Vital statistics of India. Vol. V, Reports of 1876 on armies & jails and on epidemic cholera
Year: 1876
Disease focus: Cholera
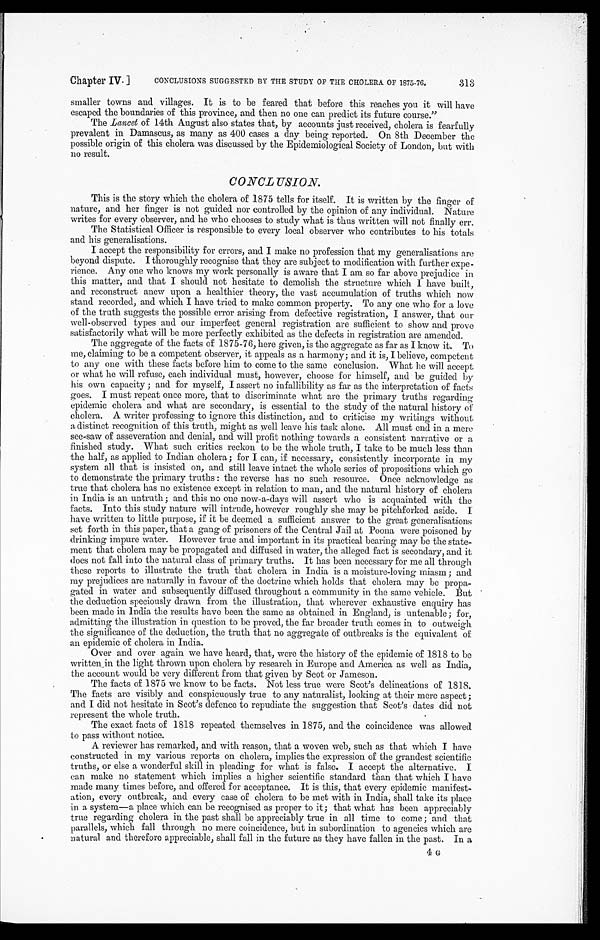
Chapter IV.]
CONCLUSIONS SUGGESTED BY THE STUDY OF THE CHOLERA OF 1875-76.
313
smaller towns and villages. It is to be feared that before this reaches you it will have
escaped the boundaries of this province, and then no one can predict its future course."
The Lancet of 14th August also states that, by accounts just received, cholera is fearfully
prevalent in Damascus, as many as 400 cases a day being reported. On 8th December the
possible origin of this cholera was discussed by the Epidemiological Society of London, but with
no result.
CONCLUSION.
This is the story which the cholera of 1875 tells for itself. It is written by the finger of
nature, and her finger is not guided nor controlled by the opinion of any individual. Nature
writes for every observer, and he who chooses to study what is thus written will not finally err.
The Statistical Officer is responsible to every local observer who contributes to his totals
and his generalisations.
I accept the responsibility for errors, and I make no profession that my generalisations are
beyond dispute. I thoroughly recognise that they are subject to modification with further expe
-
rience. Any one who knows my work personally is aware that I am so far above prejudice in
this matter, and that I should not hesitate to demolish the structure which I have built,
and reconstruct anew upon a healthier theory, the vast accumulation of truths which now
stand recorded, and which I have tried to make common property. To any one who for a love
of the truth suggests the possible error arising from defective registration, I answer, that our
well-observed types and our imperfect general registration are sufficient to show and prove
satisfactorily what will be more perfectly exhibited as the defects in registration are amended.
The aggregate of the facts of 1875-76, here given, is the aggregate as far as I know it. To
me, claiming to be a competent observer, it appeals as a harmony; and it is, I believe, competent
to any one with these facts before him to come to the same conclusion. What he will accept
or what lie will refuse, each individual must, however, choose for himself, and be guided by
his own capacity ; and for myself, I assert no infallibility as far as the interpretation of facts
goes. I must repeat once more, that to discriminate what are the primary truths regarding
epidemic cholera and what are secondary, is essential to the study of the natural history of
chol era. A wri t er professi ng t o i gnore t hi s di st i nct i on, and t o cri t i ci se my wri t i ngs wi t hout
a distinct recognition of this truth, might as well leave his task alone. All must end in a mere
see-saw of asseveration and denial, and will profit nothing towards a consistent narrative or a
finished study. What such critics reckon to be the whole truth, I take to be much less than
the half, as applied to Indian cholera ; for I can, if necessary, consistently incorporate in my
system all that is insisted on, and still leave intact the whole series of propositions which go
to demonstrate the primary truths : the reverse has no such resource. Once acknowledge as
true that cholera has no existence except in relation to man, and the natural history of cholera
in India is an untruth; and this no one now-a-days will assert who is acquainted with the
facts. Into this study nature will intrude, however roughly she may be pitchforked aside. I
have written to little purpose, if it be deemed a sufficient answer to the great generalisations
set forth in this paper, that a gang of prisoners of the Central Jail at Poona were poisoned by
drinking impure water. However true and important in its practical bearing may be the state
-
ment that cholera may be propagated and diffused in water, the alleged fact is secondary, and it
does not fall into the natural class of primary truths. It has been necessary for me all through
these reports to illustrate the truth that cholera in India is a moisture-loving miasm ; and
my prejudices are naturally in favour of the doctrine which holds that cholera may be propa
-
gated in water and subsequently diffused throughout a community in the same vehicle. But
the deduction speciously drawn from the illustration, that wherever exhaustive enquiry has
been made in India the results have been the same as obtained in England, is untenable ; for,
admitting the illustration in question to be proved, the far broader truth comes in to outweigh
the significance of the deduction, the truth that no aggregate of outbreaks is the equivalent of
an epidemic of cholera in India.
Over and over again we have heard, that, were the history of the epidemic of 1818 to be
written in the light thrown upon cholera by research in Europe and America as well as India,
the account would be very different from that given by Scot or Jameson.
The facts of 1875 we know to be facts. Not less true were Scot's delineations of 1818.
The facts are visibly and conspicuously true to any naturalist, looking at their mere aspect ;
and I did not hesitate in Scot's defence to repudiate the suggestion that Scot's dates did not
represent the whole truth.
The exact facts of 1818 repeated themselves in 1875, and the coincidence was allowed
to pass without notice.
A reviewer has remarked, and with reason, that a woven web, such as that which I have
constructed in my various reports on cholera, implies the expression of the grandest scientific
truths, or else a wonderful skill in pleading for what is false. I accept the alternative. I
can make no statement which implies a higher scientific standard than that which I have
made many times before, and offered for acceptance. It is this, that every epidemic manifest
-
ation, every outbreak, and every case of cholera to be met with in India, shall take its place
in a system—a place which can be recognised as proper to it; that what has been appreciably
true regarding cholera in the past shall be appreciably true in all time to come ; and that
parallels, which fall through no mere coincidence, but in subordination to agencies which are
natural and therefore appreciable, shall fall in the future as they have fallen in the past. In a
4 G